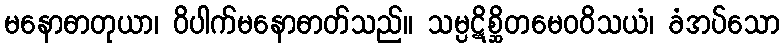
မနောဓာတုယာ၊ ဝိပါက်မနောဓာတ်သည်။ သမ္ပဋိစ္ဆိတမေဝဝိသယံ၊ ခံအပ်သော